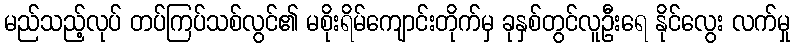
မည်သည့်လုပ် တပ်ကြပ်သစ်လွင်၏ မစိုးရိမ်ကျောင်းတိုက်မှ ခုနှစ်တွင်လူဦးရေ နိုင်လွေး လက်မှု